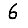
Digit: 6